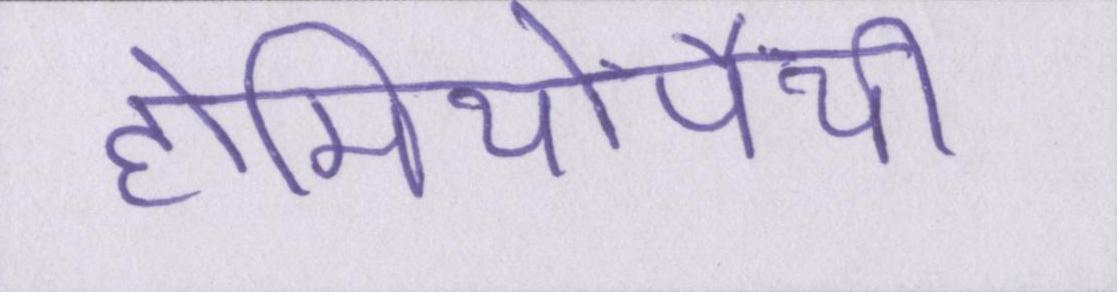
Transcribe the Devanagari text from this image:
होमियोपैथी